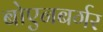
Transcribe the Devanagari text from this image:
बोएनबर्गर